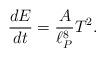
LaTeX: \begin{align*}{d E \over dt} = \frac{A}{\ell_P^8} T^2.\end{align*}